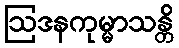
ဩဒနကုမ္မာသန္တိ